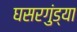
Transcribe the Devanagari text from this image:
घसरगुंड्या